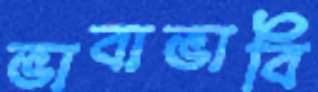
ভাবাভাবি